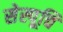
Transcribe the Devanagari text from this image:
सेस्पूचि